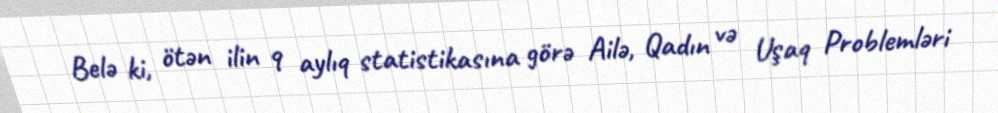
Belə ki, ötən ilin 9 aylıq statistikasına görə Ailə, Qadın və Uşaq Problemləri